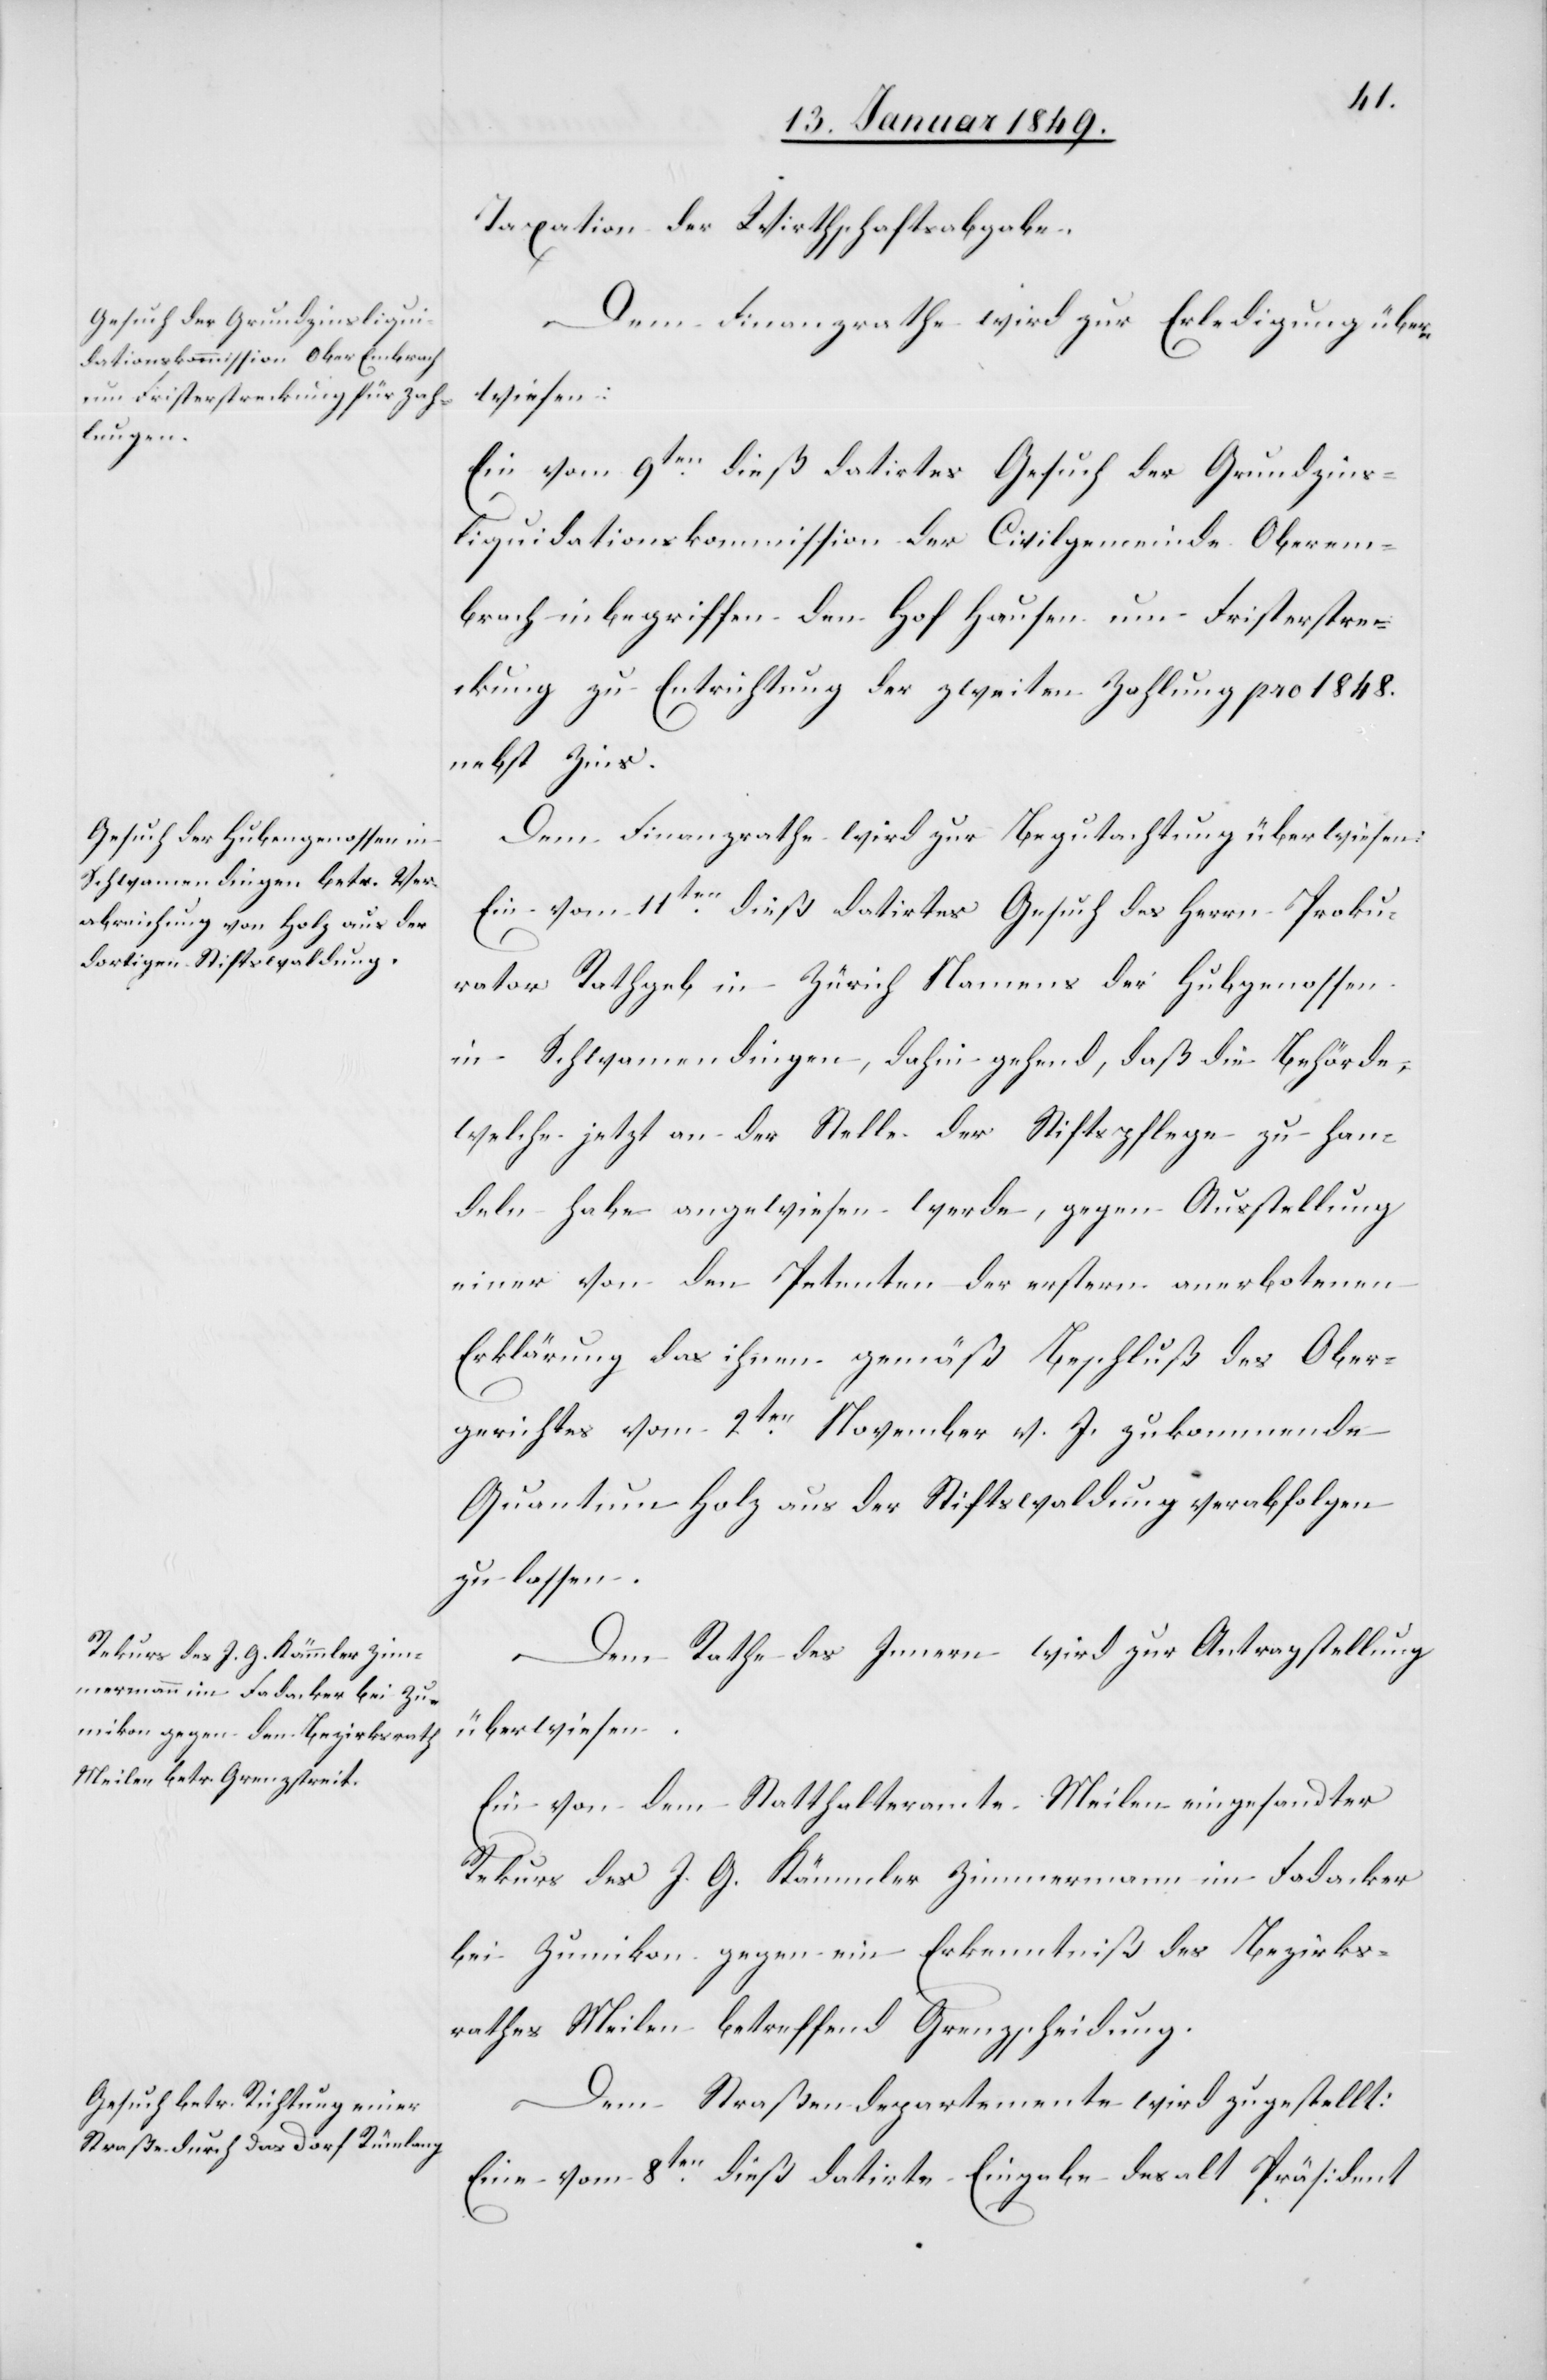
Taxation der Wirthschaftsabgabe.
Dem Finanzrathe wird zur Erledigung über¬
wiesen:
Ein vom 9ten. dieß datirtes Gesuch der Grundzins¬
liquidationskommission der Civilgemeinde Oberem¬
brach inbegriffen den Hof Hausen um Fristerstrec¬
kung zu Entrichtung der zweiten Zahlung pro 1848.
nebst Zins.
Dem Finanzrathe wird zur Begutachtung überwiesen:
Ein vom 11ten. dieß datirtes Gesuch des Herrn Proku¬
rator Rathgeb in Zürich Namens der Hubgenossen
in Schwamendingen, dahin gehend, daß die Behörde,
welche jetzt an der Stelle der Stiftspflege zu han¬
deln habe angewiesen werde, gegen Ausstellung
einer von den Petenten der erstern anerbotenen
Erklärung das ihnen gemäß Beschluß des Ober¬
gerichtes vom 2ten. November v. J. zukommende
Quantum Holz aus der Stiftswaldung verabfolgen
zu lassen.
Dem Rathe des Innern wird zur Antragstellung
überwiesen:
Ein von dem Statthalteramte Meilen eingesandter
Rekurs des J. G. Kämmler Zimmermann im Fadacker
bei Zumikon gegen ein Erkenntniß des Bezirks¬
rathes Meilen betreffend Grenzscheidung.
Dem Straßendepartemente wird zugestellt:
Eine vom 8ten. dieß datirte Eingabe des alt Präsident